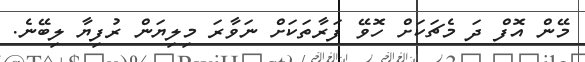
މޭން އޮފް ދަ މެޗަކަށް ހޮވޭ ފަރާތަކަށް ނަވާރަ މިލިޔަން ރުފިޔާ ލިބޭނެ.